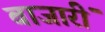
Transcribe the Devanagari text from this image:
बाजारीं